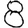
Digit: 8